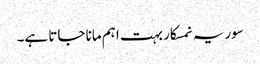
سوریہ نمسکار بہت اہم مانا جاتا ہے۔